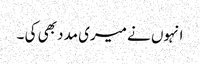
انہوں نے میری مدد بھی کی ۔